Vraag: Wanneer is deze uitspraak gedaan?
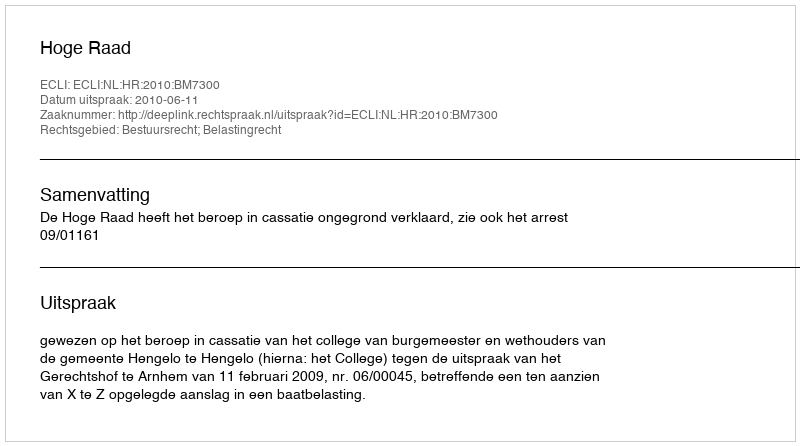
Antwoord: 2010-06-11